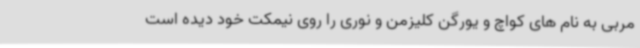
مربی به نام های کواچ و یورگن کلیزمن و نوری را روی نیمکت خود دیده است